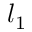
l _ { 1 }